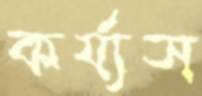
কর্য্যস